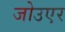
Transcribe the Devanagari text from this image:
जोउएर